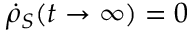
{ \dot { \rho } } _ { S } ( t \rightarrow \infty ) = 0